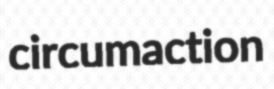
circumaction